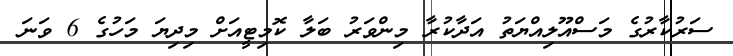
ސަރުކާރުގެ މަސްއޫލިއްޔަތު އަދާކުރާ މިންވަރު ބަލާ ކޮމިޓީއަށް މިދިޔަ މަހުގެ 6 ވަނަ